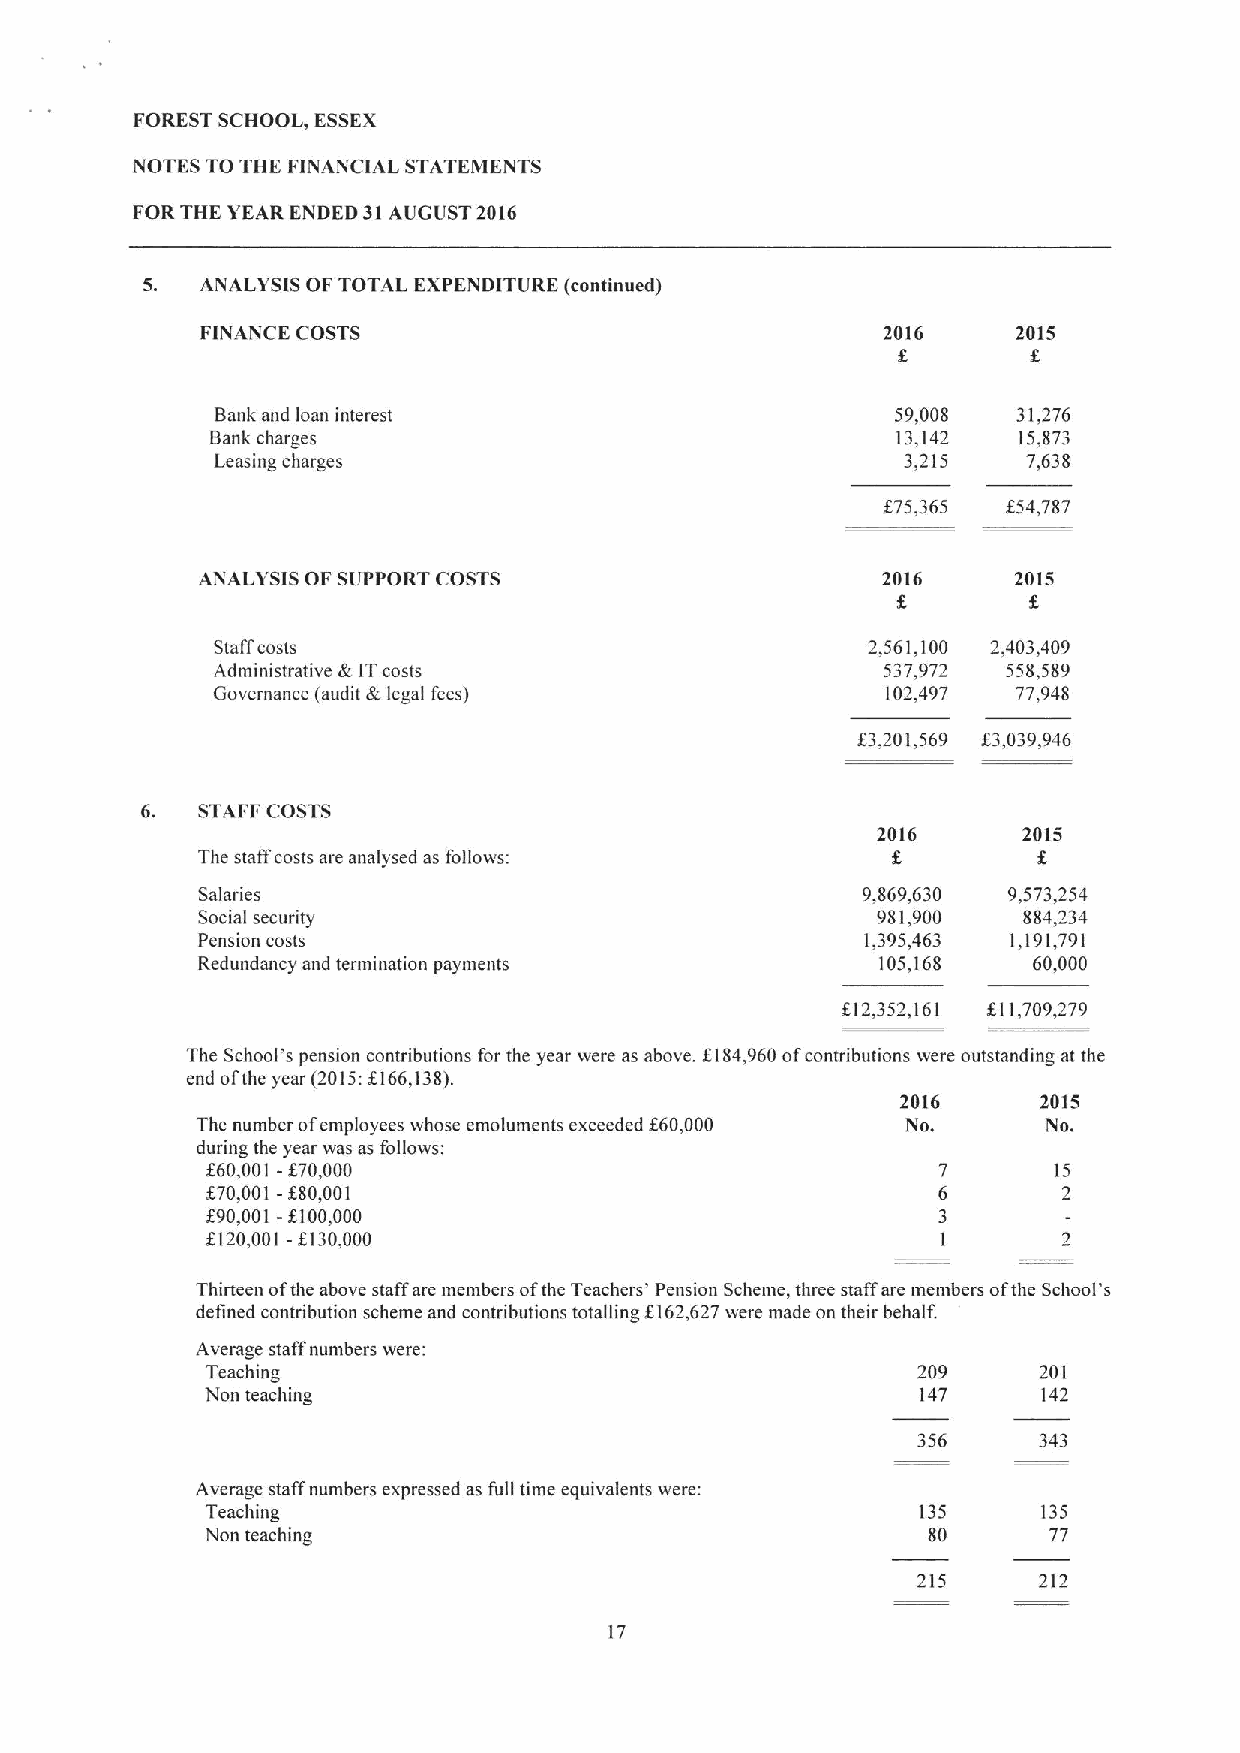
FOREST SCHOOL, ESSEX
 NOTES TO THE FINANCIAL STATEMENTS
 FOR THE YEAR ENDED 31AUGUST 2016
 5.  ANALYSIS OF TOTAL EXPENDITURE (continued)
 FINANCE COSTS                                2016     2015
 Bank and loan interest                       59,008  31,276
 Bank charges                                 13,142  15,873
 Leasing charges                               3,215   7,638
 675,365  654,787
 ANALYSIS OF SUPPORT COSTS                    2016     2015
 f.
 Staffcosts                                 2,561,100 2,403,409
 Administrative &ITcosts                     537,972  558,589
 Governance (audit &legal fees)               102,497 77,948
 $3,201,569 63,039,946
 6.  STAFF COSTS
 2016      2015
 The staffcosts are analysed as follows:
 Salaries                                    9,869,630 9,573,254
 Social security                              981,900   884,234
 Pension costs                               1,395,463 1,191,791
 Redundancy and termination payments          105,168   60,000
 612,352,161 111,709,279
 The School's pension contributions for the year were as above. 6184,960ofcontributions were outstanding at the
 end ofthe year(2015: 6166,138).
 2016     2015
 The number ofemployees whose emoluments exceeded $60,000 No. No.
 during the year was as follows:
 660,001-670,000                                         15
 670,001-680,001                                         2
 690,001-6100,000
 6120,001-6130,000
 Thirteen ofthe above staffare members ofthe Teachers' Pension Scheme, three staffare members ofthe School's
 defined contribution scheme and contributions totalling 6162,627 were made on their behalf.
 Average staff numbers were:
 Teaching                                       209     201
 Non teaching                                   147     142
 356     343
 Average staffnumbers expressed as full time equivalents were:
 Teaching                                       135     135
 Non teaching                                   80      77
 215     212
 17